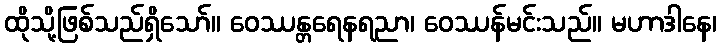
ထိုသို့ဖြစ်သည်ရှိသော်။ ဝေဿန္တရေနရညာ၊ ဝေဿန်မင်းသည်။ မဟာဒါနေ၊